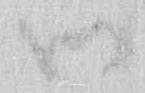
御